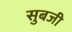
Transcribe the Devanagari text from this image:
सुबजी